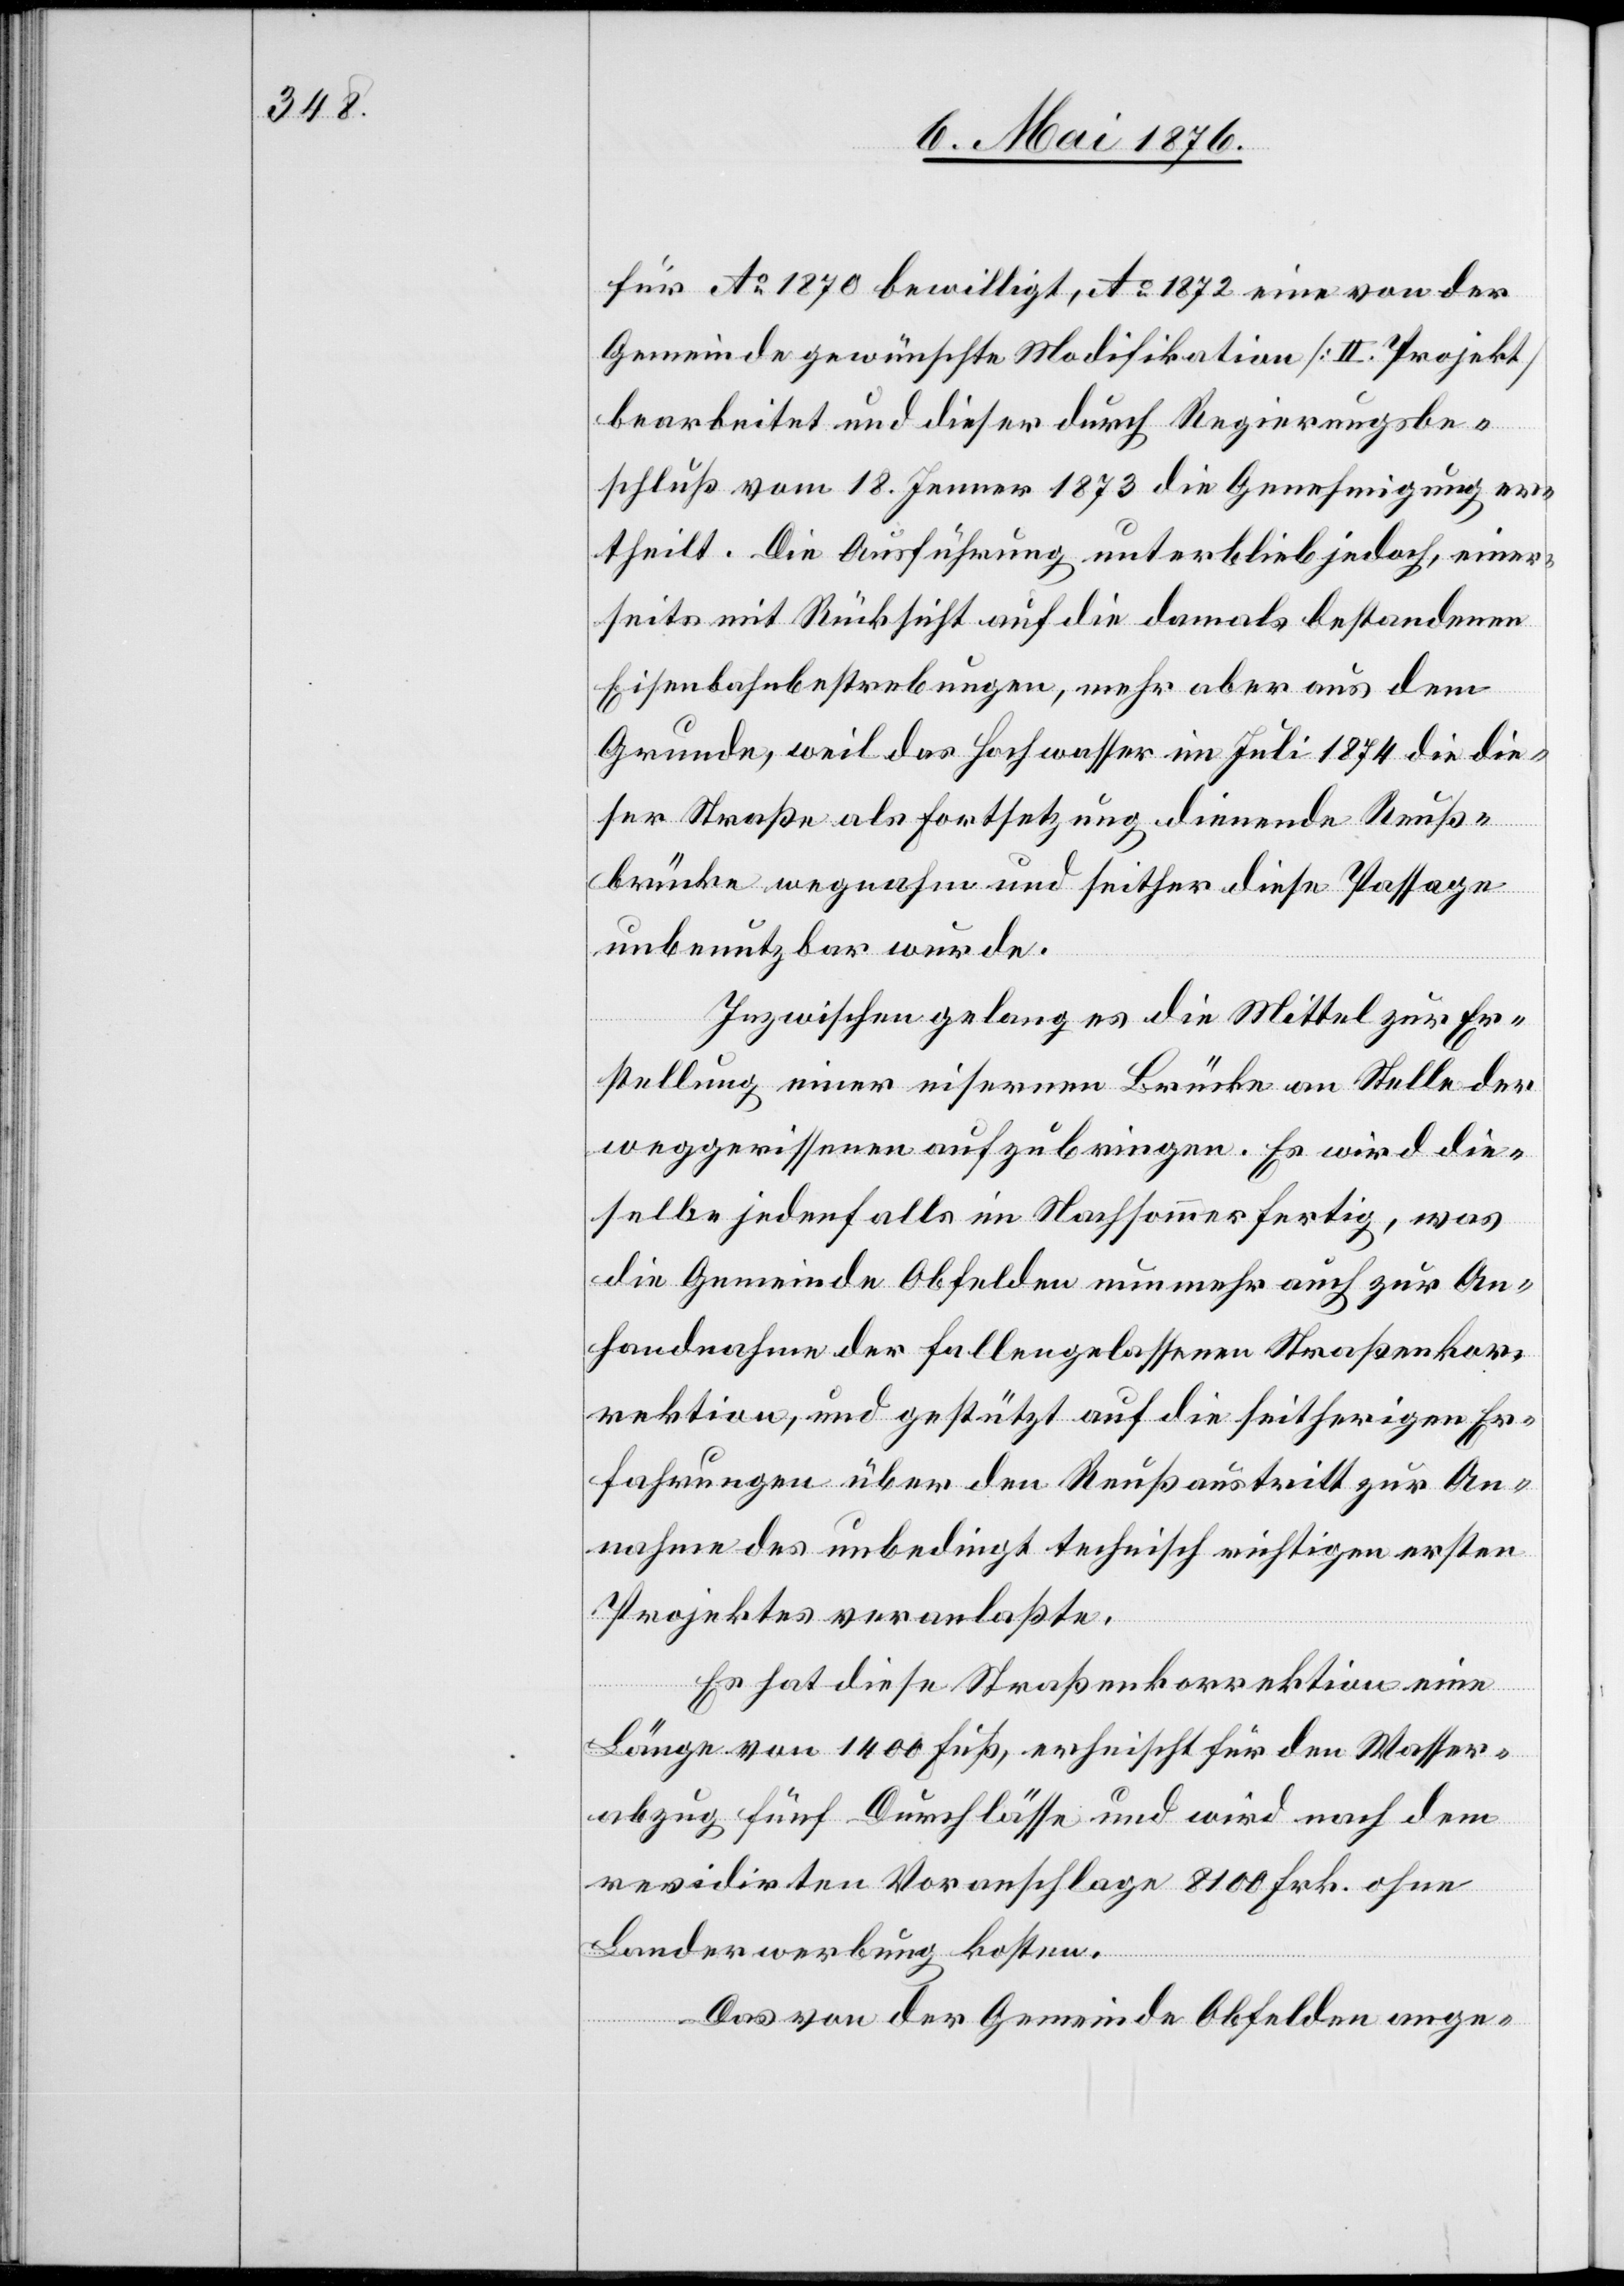
für Ao 1870 bewilligt, Ao 1872 eine von der
Gemeinde gewünschte Modifikation [II. Projekt]
bearbeitet und dieser durch Regierungsbe¬
and¬
schluß vom 18. Jenner 1873 die Genehmigung er¬
theilt. Die Ausführung unterblieb jedoch, einer¬
seits mit Rücksicht auf die damals bestehenden
Eisenbahnbestrebungen, mehr aber aus dem
Grunde, weil das Hochwasser im Juli 1874 die die¬
ser Straße als Fortsetzung dienende Reuß¬
brücke wegnahm und seither diese Passage
unbenutzbar wurde.
Inzwischen gelang es die Mittel zur Er¬
stellung einer eisernen Brücke an Stelle der
weggerissenen aufzubringen. Es wird die¬
selbe jedenfalls im Nachsommer fertig, was
die Gemeinde Obfelden nunmehr auch zur An¬
handnahme der fallengelassenen Straßenkor¬
rektion, und gestützt auf die seitherigen Er¬
fahrung über den Reußaustritt zur Anh¬
nahme des unbedingt technisch richtigen ersten
Projektes veranlaßte.
Es hat diese Straßenkorrektion eine
Länge vom 1400 Fuß, erheischt für den Wasser¬
abzug fünf Durchlässe und wird nach dem
revidirten Voranschlage 8100 Frk. ohne
Landerwerbung kosten.
Das von der Gemeinde Obfelden ange-